Civil Veterinary Dept. North-West Frontier Province 1923-32 - 1923-1932
Year: 1923
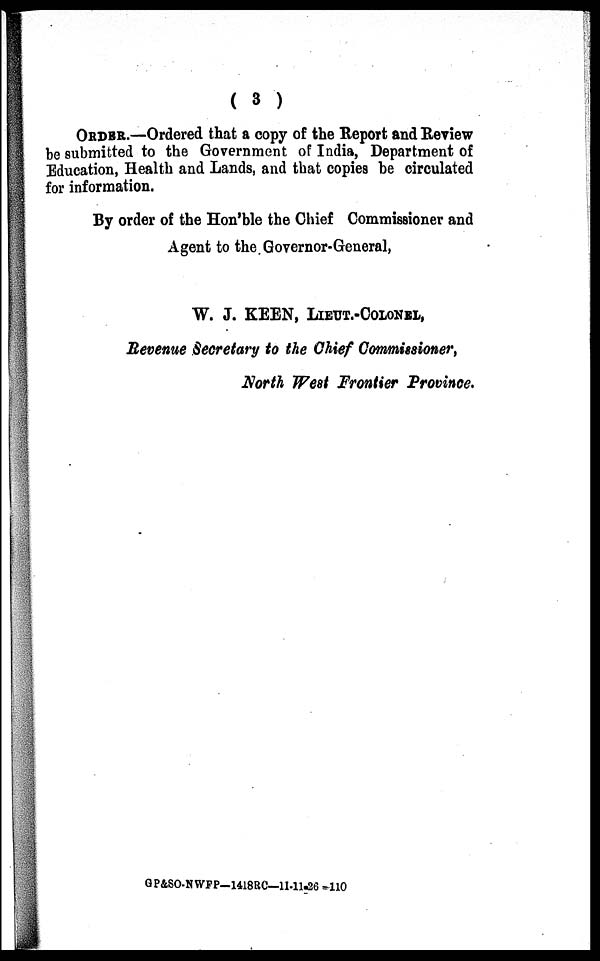
( 3 )
ORDER.—Ordered that a copy of the Report and Review
be submitted to the Government of India, Department of
Education, Health and Lands, and that copies be circulated
for information.
By order of the Hon'ble the Chief Commissioner and
Agent to the Governor-General,
W. J. KEEN, LIEUT.-COLONEL,
Revenue Secretary to the Chief Commissioner,
North West Frontier Province.
GP&SO.NWFP-1418RC—11-11-26 -110